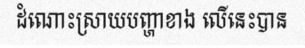
ដំណោះស្រាយបញ្ហាខាង លើនេះបាន